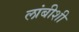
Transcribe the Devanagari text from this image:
लांबीशी